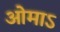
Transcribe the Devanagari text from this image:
ओमाऽ